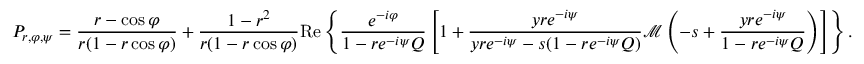
P _ { r , \varphi , \psi } = \frac { r - \cos \varphi } { r ( 1 - r \cos \varphi ) } + \frac { 1 - r ^ { 2 } } { r ( 1 - r \cos \varphi ) } \mathrm { R e } \left\{ \frac { e ^ { - i \varphi } } { 1 - r e ^ { - i \psi } Q } \left[ 1 + \frac { y r e ^ { - i \psi } } { y r e ^ { - i \psi } - s ( 1 - r e ^ { - i \psi } Q ) } \mathcal { M } \left( - s + \frac { y r e ^ { - i \psi } } { 1 - r e ^ { - i \psi } Q } \right) \right] \right\} .